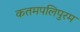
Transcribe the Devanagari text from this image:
कतमपलिपुरम